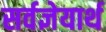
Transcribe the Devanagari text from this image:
सर्वज्ञेयार्थ